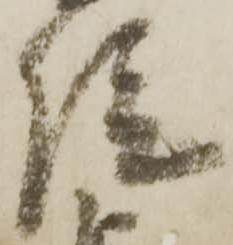
院